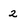
Character: 2